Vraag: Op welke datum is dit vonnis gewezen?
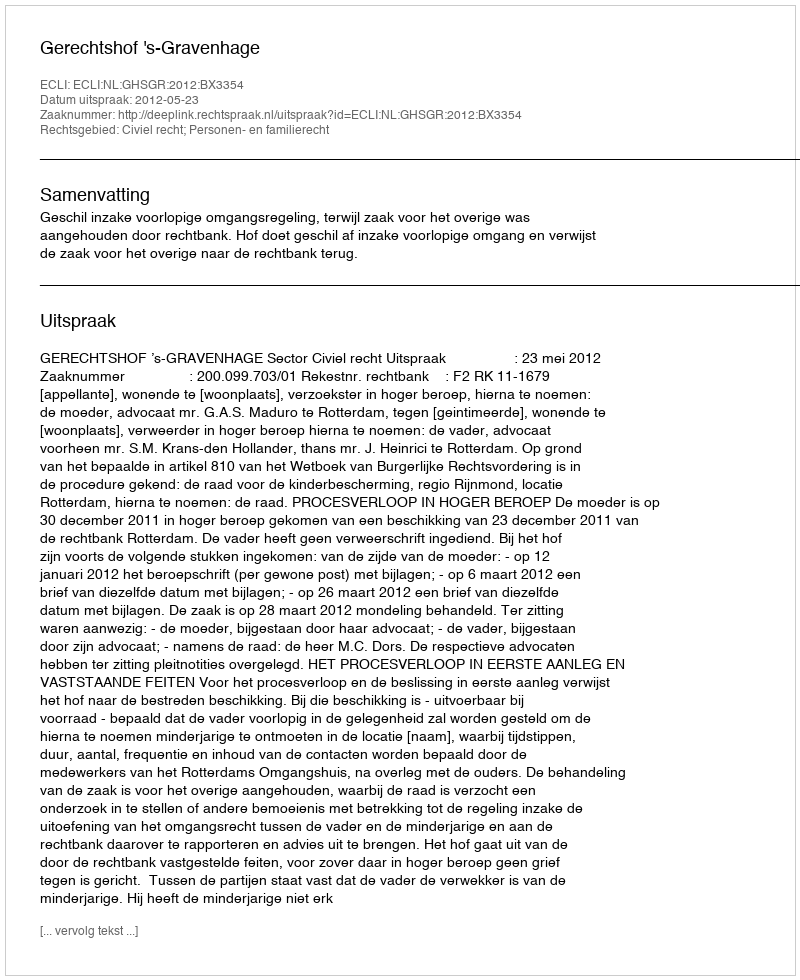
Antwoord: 2012-05-23